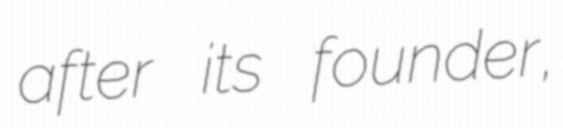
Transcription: after its founder,